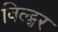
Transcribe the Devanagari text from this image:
विल्ट्शर